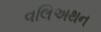
વલિઅથન